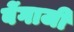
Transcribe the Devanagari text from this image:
बेंगाजी